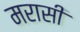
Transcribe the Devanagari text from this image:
मरासी